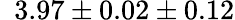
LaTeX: \phantom{0}{3.97\pm 0.02\pm 0.12}